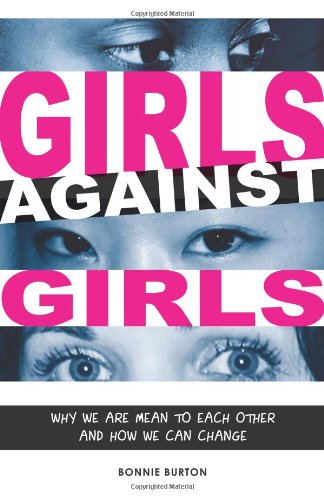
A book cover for Girls Against Girls: Why We Are Mean to Each Other and How We Can Change; Bonnie Burton; Teen & Young Adult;